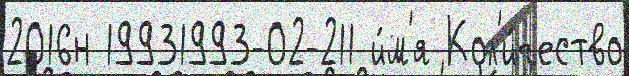
2016н 19931993-02-211 и́м'я Кол'и́чество